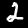
Digit: 2